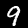
Label: 9